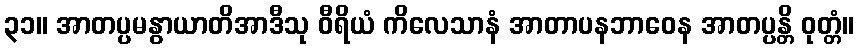
၃၁။ အာတပ္ပမနွာယာတိအာဒီသု ဝီရိယံ ကိလေသာနံ အာတာပနဘာဝေန အာတပ္ပန္တိ ဝုတ္တံ။